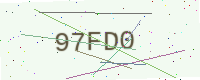
Text: 97FD0